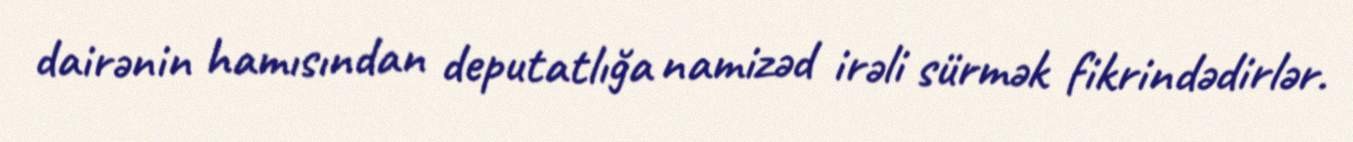
dairənin hamısından deputatlığa namizəd irəli sürmək fikrindədirlər.